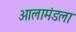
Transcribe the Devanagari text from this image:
आलामंडला